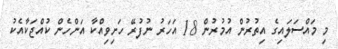
މި މައްސަލައިގެ އިތުރުން އުމުރުން 18 އަހަރު ނުފުރޭ ހަށިވިއްކާ އަންހެން ކުއްޖަކާއެކު